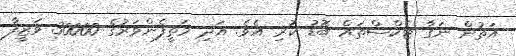
އަތުން ނަގާ ޓެކްސްތައް ބޮޑު ކުރި އެވެ. އަދި މަތީފެންވަރުގެ 30000 ވަޒީފާ